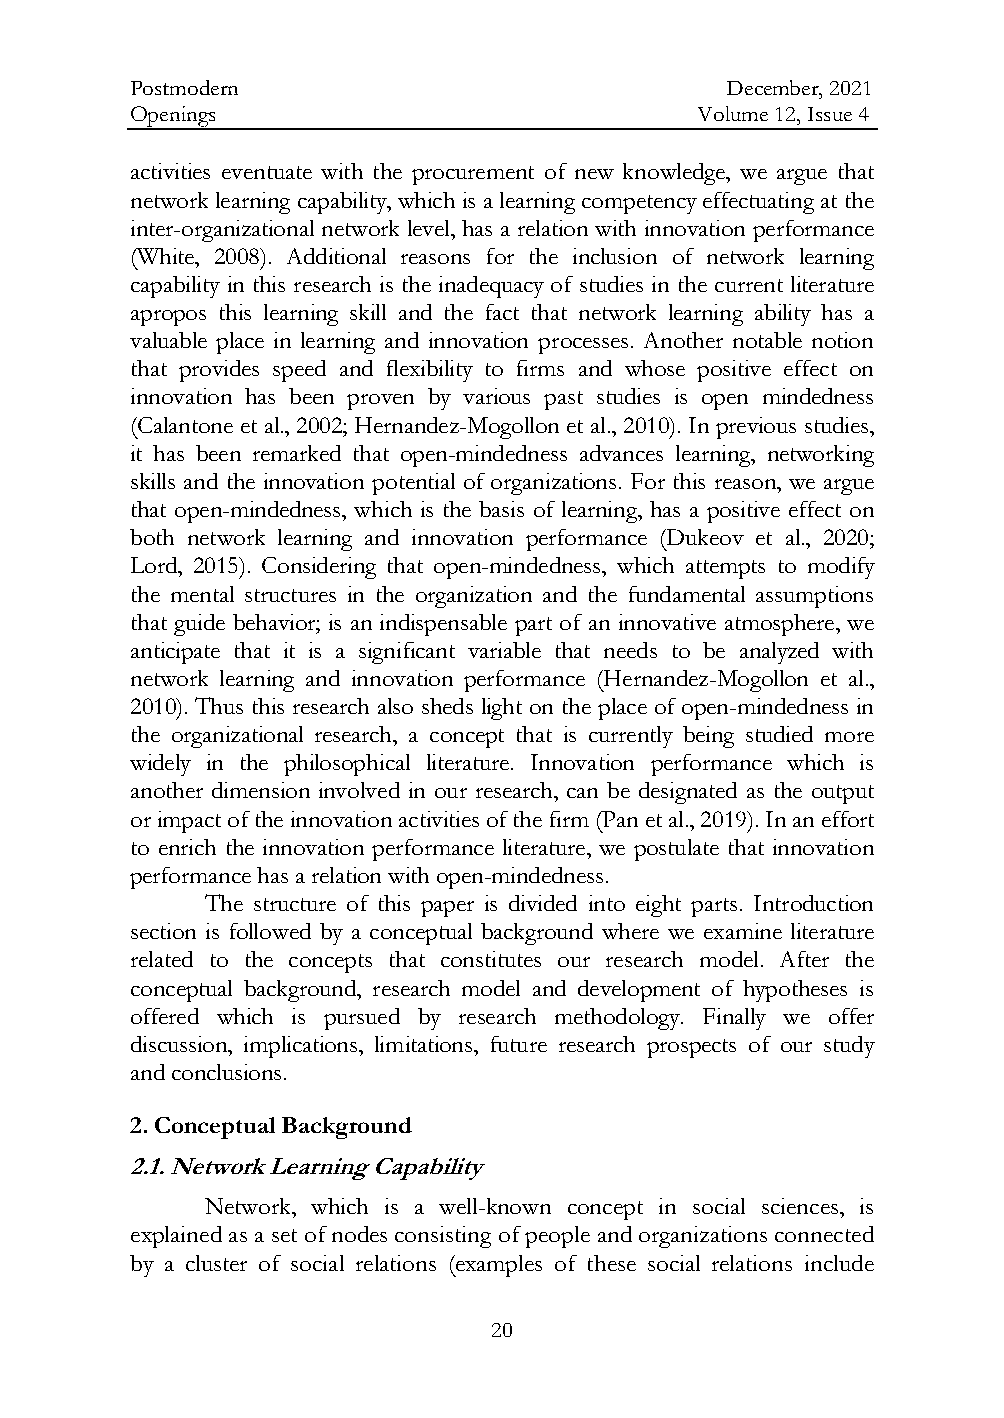
Postmodern                             December, 2021
 Openings                             Volume 12, Issue 4
 activities eventuate with the procurement of new knowledge, we argue that
 network learning capability, which is a learning competency effectuating at the
 inter-organizational network level, has a relation with innovation performance
 (White, 2008). Additional reasons for the inclusion of network learning
 capability in this research is the inadequacy of studies in the current literature
 apropos this learning skill and the fact that network learning ability has a
 valuable place in learning and innovation processes. Another notable notion
 that provides speed and flexibility to firms and whose positive effect on
 innovation has been proven by various past studies is open mindedness
 (Calantone et al., 2002; Hernandez-Mogollon et al., 2010). In previous studies,
 it has been remarked that open-mindedness advances learning, networking
 skills and the innovation potential of organizations. For this reason, we argue
 that open-mindedness, which is the basis of learning, has a positive effect on
 both network learning and innovation performance (Dukeov et al., 2020;
 Lord, 2015). Considering that open-mindedness, which attempts to modify
 the mental structures in the organization and the fundamental assumptions
 that guide behavior; is an indispensable part of an innovative atmosphere, we
 anticipate that it is a significant variable that needs to be analyzed with
 network learning and innovation performance (Hernandez-Mogollon et al.,
 2010). Thus this research also sheds light on the place of open-mindedness in
 the organizational research, a concept that is currently being studied more
 widely in the philosophical literature. Innovation performance which is
 another dimension involved in our research, can be designated as the output
 or impact of the innovation activities of the firm (Pan et al., 2019). In an effort
 to enrich the innovation performance literature, we postulate that innovation
 performance has a relation with open-mindedness.
 The structure of this paper is divided into eight parts. Introduction
 section is followed by a conceptual background where we examine literature
 related to the concepts that constitutes our research model. After the
 conceptual background, research model and development of hypotheses is
 offered which is pursued by research methodology. Finally we offer
 discussion, implications, limitations, future research prospects of our study
 and conclusions.
 2. Conceptual Background
 2.1. Network Learning Capability
 Network, which is a well-known concept in social sciences, is
 explained as a set of nodes consisting of people and organizations connected
 by a cluster of social relations (examples of these social relations include
 20